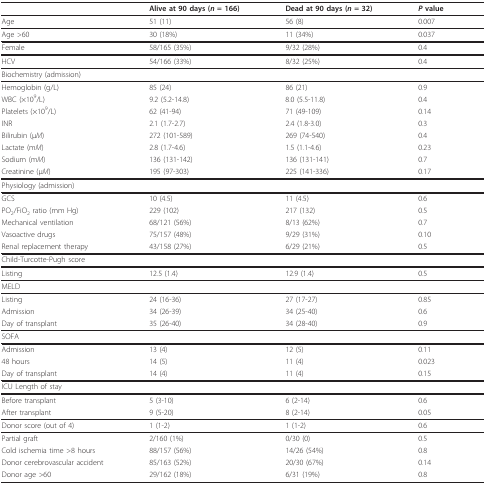
<table><thead><tr><td></td><td><b>Alive at 90 days (<i>n </i>= 166)</b></td><td><b>Dead at 90 days (<i>n </i>= 32)</b></td><td><b><i>P </i>value</b></td></tr></thead><tbody><tr><td>Age</td><td>51 (11)</td><td>56 (8)</td><td>0.007</td></tr><tr><td>Age &gt;60</td><td>30 (18%)</td><td>11 (34%)</td><td>0.037</td></tr><tr><td>Female</td><td>58/165 (35%)</td><td>9/32 (28%)</td><td>0.4</td></tr><tr><td>HCV</td><td>54/166 (33%)</td><td>8/32 (25%)</td><td>0.4</td></tr><tr><td>Biochemistry (admission)</td><td></td><td></td><td></td></tr><tr><td>Hemoglobin (g/L)</td><td>85 (24)</td><td>86 (21)</td><td>0.9</td></tr><tr><td>WBC (×10<sup>9</sup>/L)</td><td>9.2 (5.2-14.8)</td><td>8.0 (5.5-11.8)</td><td>0.4</td></tr><tr><td>Platelets (×10<sup>9</sup>/L)</td><td>62 (41-94)</td><td>71 (49-109)</td><td>0.14</td></tr><tr><td>INR</td><td>2.1 (1.7-2.7)</td><td>2.4 (1.8-3.0)</td><td>0.3</td></tr><tr><td>Bilirubin (μ<i>M</i>)</td><td>272 (101-589)</td><td>269 (74-540)</td><td>0.4</td></tr><tr><td>Lactate (m<i>M</i>)</td><td>2.8 (1.7-4.6)</td><td>1.5 (1.1-4.6)</td><td>0.23</td></tr><tr><td>Sodium (m<i>M</i>)</td><td>136 (131-142)</td><td>136 (131-141)</td><td>0.7</td></tr><tr><td>Creatinine (μ<i>M</i>)</td><td>195 (97-303)</td><td>225 (141-336)</td><td>0.17</td></tr><tr><td>Physiology (admission)</td><td></td><td></td><td></td></tr><tr><td>GCS</td><td>10 (4.5)</td><td>11 (4.5)</td><td>0.6</td></tr><tr><td>PO<sub>2</sub>/FiO<sub>2 </sub>ratio (mm Hg)</td><td>229 (102)</td><td>217 (132)</td><td>0.5</td></tr><tr><td>Mechanical ventilation</td><td>68/121 (56%)</td><td>8/13 (62%)</td><td>0.7</td></tr><tr><td>Vasoactive drugs</td><td>75/157 (48%)</td><td>9/29 (31%)</td><td>0.10</td></tr><tr><td>Renal replacement therapy</td><td>43/158 (27%)</td><td>6/29 (21%)</td><td>0.5</td></tr><tr><td>Child-Turcotte-Pugh score</td><td></td><td></td><td></td></tr><tr><td>Listing</td><td>12.5 (1.4)</td><td>12.9 (1.4)</td><td>0.5</td></tr><tr><td>MELD</td><td></td><td></td><td></td></tr><tr><td>Listing</td><td>24 (16-36)</td><td>27 (17-27)</td><td>0.85</td></tr><tr><td>Admission</td><td>34 (26-39)</td><td>34 (25-40)</td><td>0.6</td></tr><tr><td>Day of transplant</td><td>35 (26-40)</td><td>34 (28-40)</td><td>0.9</td></tr><tr><td>SOFA</td><td></td><td></td><td></td></tr><tr><td>Admission</td><td>13 (4)</td><td>12 (5)</td><td>0.11</td></tr><tr><td>48 hours</td><td>14 (5)</td><td>11 (4)</td><td>0.023</td></tr><tr><td>Day of transplant</td><td>14 (4)</td><td>11 (4)</td><td>0.15</td></tr><tr><td>ICU Length of stay</td><td></td><td></td><td></td></tr><tr><td>Before transplant</td><td>5 (3-10)</td><td>6 (2-14)</td><td>0.6</td></tr><tr><td>After transplant</td><td>9 (5-20)</td><td>8 (2-14)</td><td>0.05</td></tr><tr><td>Donor score (out of 4)</td><td>1 (1-2)</td><td>1 (1-2)</td><td>0.6</td></tr><tr><td>Partial graft</td><td>2/160 (1%)</td><td>0/30 (0)</td><td>0.5</td></tr><tr><td>Cold ischemia time &gt;8 hours</td><td>88/157 (56%)</td><td>14/26 (54%)</td><td>0.8</td></tr><tr><td>Donor cerebrovascular accident</td><td>85/163 (52%)</td><td>20/30 (67%)</td><td>0.14</td></tr><tr><td>Donor age &gt;60</td><td>29/162 (18%)</td><td>6/31 (19%)</td><td>0.8</td></tr></tbody></table>